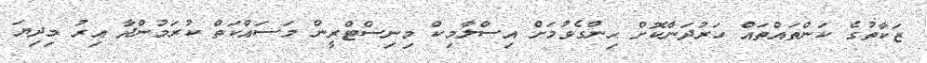
ޒަކާތުގެ ކަންތައްތައް ހަރުދަނާކޮށް ހިންގެވުމަށް އިސްލާމިކް މިނިސްޓްރީން މަސައްކަތް ކުރަމުންދާ އިރު މިދިޔަ